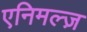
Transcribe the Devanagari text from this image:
एनिमल्ज़